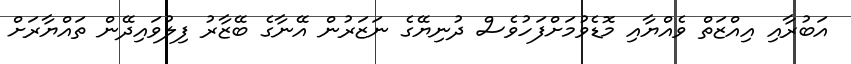
އަބުރާއި އިއްޒަތް ވެއްޔާއި މޮޑެވުމަށްފަހުވެސް ދުނިޔޭގެ ނަޒަރުން އޭނާގެ ބޭޒާރު ފިލުވައިދޭން ތައްޔާރަށް